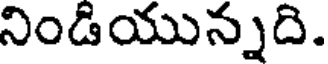
నిండియున్నది.